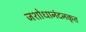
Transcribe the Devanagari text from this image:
जशोधानंदनकृत